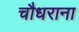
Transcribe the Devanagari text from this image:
चौधराना